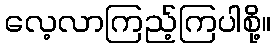
လေ့လာကြည့်ကြပါစို့။